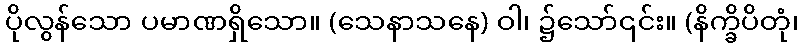
ပိုလွန်သော ပမာဏရှိသော။ (သေနာသနေ) ဝါ၊ ၌သော်၎င်း။ (နိက္ခိပိတုံ၊